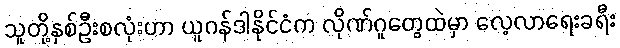
သူတို့နှစ်ဦးစလုံးဟာ ယူဂန်ဒါနိုင်ငံက လိုဏ်ဂူတွေထဲမှာ လေ့လာရေးခရီး